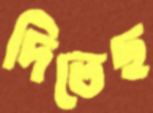
দিতেছ